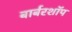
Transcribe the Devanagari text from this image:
बार्बरशॉप